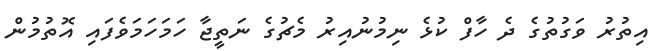
އިތުރު ވަގުތުގެ ދެ ހާފް ކުޅެ ނިމުނުއިރު މެޗުގެ ނަތީޖާ ހަމަހަމަވެފައި އޮތުމުން